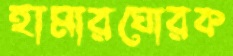
হামারঘোরক